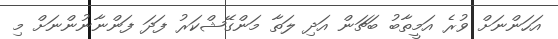
އަހަންނަށް ވުރެ އަމީތާބު ބަޗަން އަދި ލަތާ މަންގޭޝްކަރު ފަދަ ފަންނާނުންނަށް މި